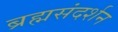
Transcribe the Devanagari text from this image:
ब्रह्मसंदर्शन